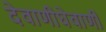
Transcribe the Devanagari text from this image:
देवाणीघेवाणी